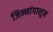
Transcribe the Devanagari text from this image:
जिन्नांपासून